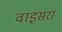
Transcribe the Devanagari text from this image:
वाइसरा